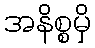
အနိစ္စမှိ